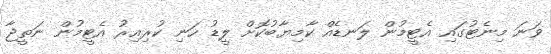
ވަނަ މިނެޓުގައި އެޓީމުން ލަނޑެއް ކާމިޔާބުކޮށް ލީޑު ހަނި ކުރިއިރު އެޓީމުން ނަތީޖާ